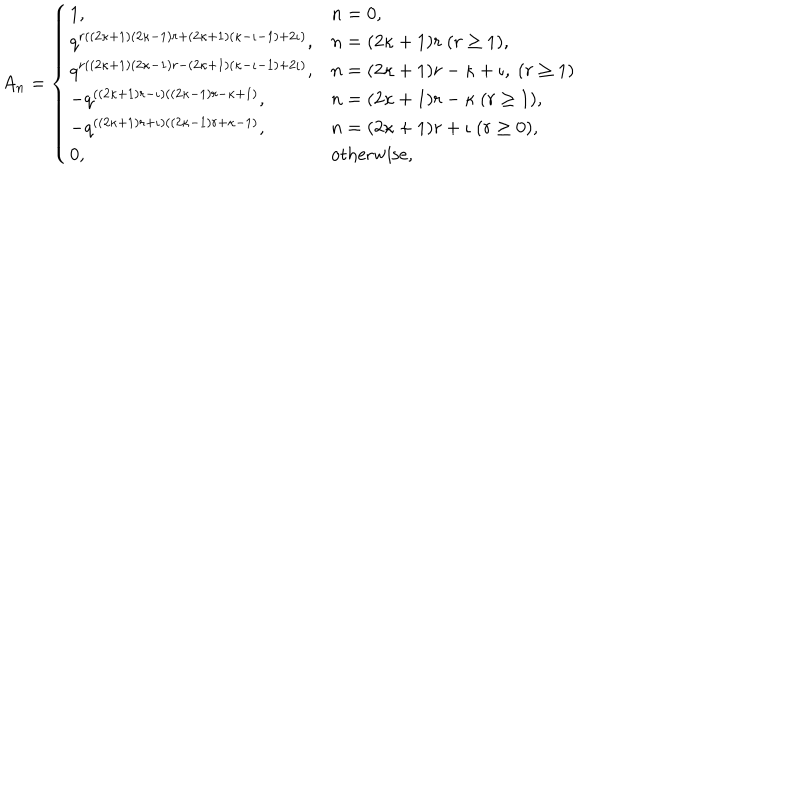
A _ { n } = \left\{ \begin{array} { l l } { { 1 , } } & { { n = 0 , } } \\ { { q ^ { r ( ( 2 \kappa + 1 ) ( 2 \kappa - 1 ) r + ( 2 \kappa + 1 ) ( \kappa - \iota - 1 ) + 2 \iota ) } , } } & { { n = ( 2 \kappa + 1 ) r ~ ( r \geq 1 ) , } } \\ { { q ^ { r ( ( 2 \kappa + 1 ) ( 2 \kappa - 1 ) r - ( 2 \kappa + 1 ) ( \kappa - \iota - 1 ) + 2 \iota ) } , } } & { { n = ( 2 \kappa + 1 ) r - \kappa + \iota , ~ ( r \geq 1 ) } } \\ { { - q ^ { ( ( 2 \kappa + 1 ) r - \iota ) ( ( 2 \kappa - 1 ) r - \kappa + 1 ) } , } } & { { n = ( 2 \kappa + 1 ) r - \kappa ~ ( r \geq 1 ) , } } \\ { { - q ^ { ( ( 2 \kappa + 1 ) r + \iota ) ( ( 2 \kappa - 1 ) r + \kappa - 1 ) } , } } & { { n = ( 2 \kappa + 1 ) r + \iota ~ ( r \geq 0 ) , } } \\ { { 0 , } } & { { \mathrm { o t h e r w i s e } , } } \\ \end{array} \right.